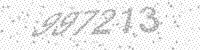
Solution: 997213